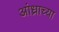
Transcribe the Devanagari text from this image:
आंध्राच्या